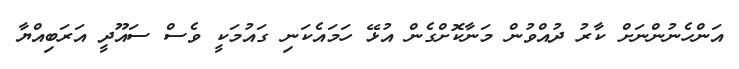
އަންހެނުންނަށް ކާރު ދުއްވުން މަނާކޮށްގެން އުޅޭ ހަމައެކަނި ގައުމަކީ ވެސް ސައޫދީ އަރަބިއްޔާ